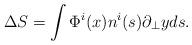
LaTeX: \begin{align*}\Delta S=\int \Phi ^{i}(x)n^{i}(s)\partial _{\bot }yds.\end{align*}